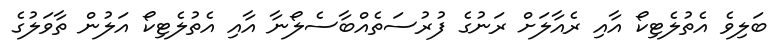
ބަލިވެ އެތުލެޓިކޯ އާއި ރެއާލަށް ރަނުގެ ފުރުސަތެއްބާސެލޯނާ އާއި އެތުލެޓިކޯ އަލުން ތާވަލުގެ